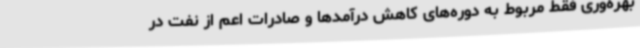
بهره‌وری فقط مربوط به دوره‌های کاهش درآمدها و صادرات اعم از نفت در